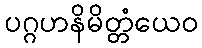
ပဂ္ဂဟနိမိတ္တံယေဝ